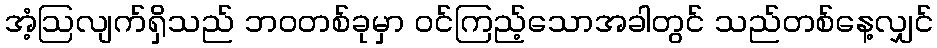
အံ့ဩလျက်ရှိသည် ဘဝတစ်ခုမှာ ဝင်ကြည့်သောအခါတွင် သည်တစ်နေ့လျှင်